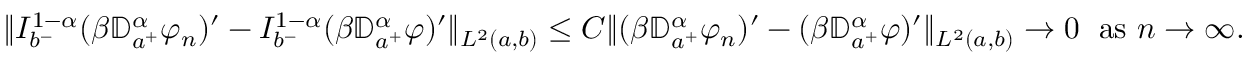
\begin{array} { r } { \| I _ { b ^ { - } } ^ { 1 - \alpha } ( \beta { \mathbb D } _ { a ^ { + } } ^ { \alpha } \varphi _ { n } ) ^ { \prime } - I _ { b ^ { - } } ^ { 1 - \alpha } ( \beta { \mathbb D } _ { a ^ { + } } ^ { \alpha } \varphi ) ^ { \prime } \| _ { L ^ { 2 } ( a , b ) } \leq C \| ( \beta { \mathbb D } _ { a ^ { + } } ^ { \alpha } \varphi _ { n } ) ^ { \prime } - ( \beta { \mathbb D } _ { a ^ { + } } ^ { \alpha } \varphi ) ^ { \prime } \| _ { L ^ { 2 } ( a , b ) } \to 0 \; \mathrm { ~ a s ~ } n \to \infty . } \end{array}